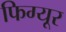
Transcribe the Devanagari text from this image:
फिग्यूर